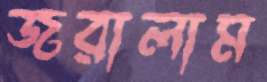
জরালাম